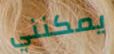
يمكنني